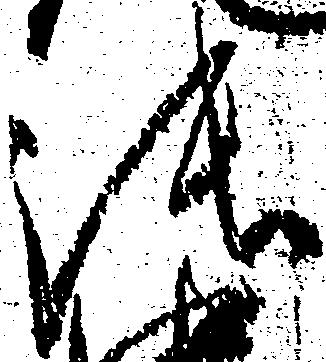
張